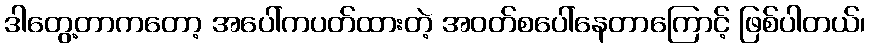
ဒါတွေ့တာကတော့ အပေါ်ကပတ်ထားတဲ့ အဝတ်စပေါ်နေတာကြောင့် ဖြစ်ပါတယ်၊